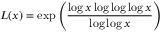
L ( x ) = \exp { \left( { \frac { \log x \log \log \log x } { \log \log x } } \right) }